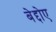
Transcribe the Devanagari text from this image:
बेद्दोए